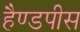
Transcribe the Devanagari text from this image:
हैण्डपीस